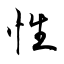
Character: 性